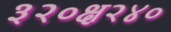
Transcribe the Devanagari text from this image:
३२०क्ष२४०